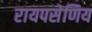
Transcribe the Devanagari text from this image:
रायपसेणिय